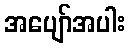
အပျော်အပါး